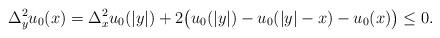
LaTeX: \begin{align*}\Delta_y^2u_0(x)=\Delta_x^2u_0(|y|)+2\big(u_0(|y|)-u_0(|y|-x)-u_0(x)\big)\leq0.\end{align*}